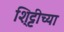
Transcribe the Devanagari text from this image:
शि्ट्टीच्या